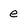
Character: e